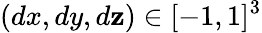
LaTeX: (dx,dy,d\mathbf{z})\in[-1,1]^{3}